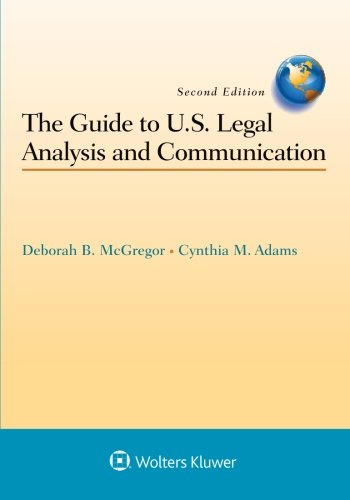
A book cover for Guide to U.S. Legal Analysis and Communication; Deborah B. McGregor; Law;